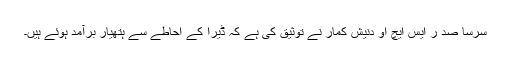
سرسا صد ر ایس ایچ او دنیش کمار نے توثیق کی ہے کہ ڈیرا کے احاطے سے ہتھیار برآمد ہوئے ہیں۔